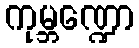
ကုမ္ဘဏ္ဍော